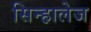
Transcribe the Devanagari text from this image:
सिन्हालेज